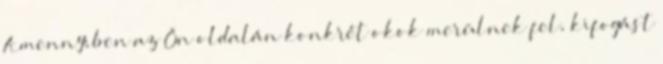
Amennyiben az Ön oldalán konkrét okok merülnek fel, kifogást